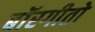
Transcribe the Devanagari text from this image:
बॉरगीतो